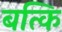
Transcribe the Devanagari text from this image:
बत्कि